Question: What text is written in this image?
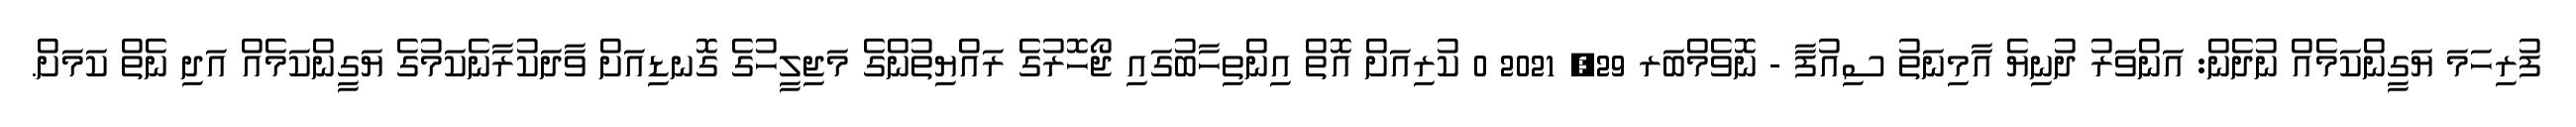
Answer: ފުރިހަމަ ޔަގީންކަމެއް ނުދެން: އަންވަރު ދުނިޔެ އާމިނަތު ސިއުފާ - ނޮވެމްބަރ 29, 2021 0 ކުރިއަށް އޮތް އިންތިހާބުގައި ޖޯހޮރުގެ ރައްޔިތުންގެ މަޖިލީހުގެ ގޮނޑިއަށް ވާދަކުރާނެކަމުގެ ޔަގީންކަމެއް އަދި ނެތް ކަމަށް.